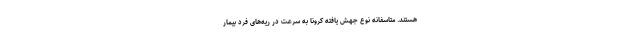
هستند. متاسفانه نوع جهش یافته کرونا به سرعت در ریه‌های فرد بیمار